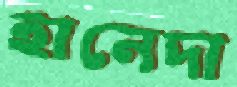
হানেদা